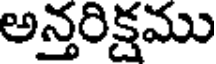
అన్తరిక్షము